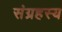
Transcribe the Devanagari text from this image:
संग्रहस्य